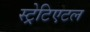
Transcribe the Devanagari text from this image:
स्ट्रेटिएटल